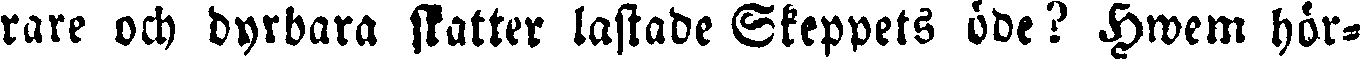
rare och dyrbara skatter lastade Skeppets öde? Hwem hör-